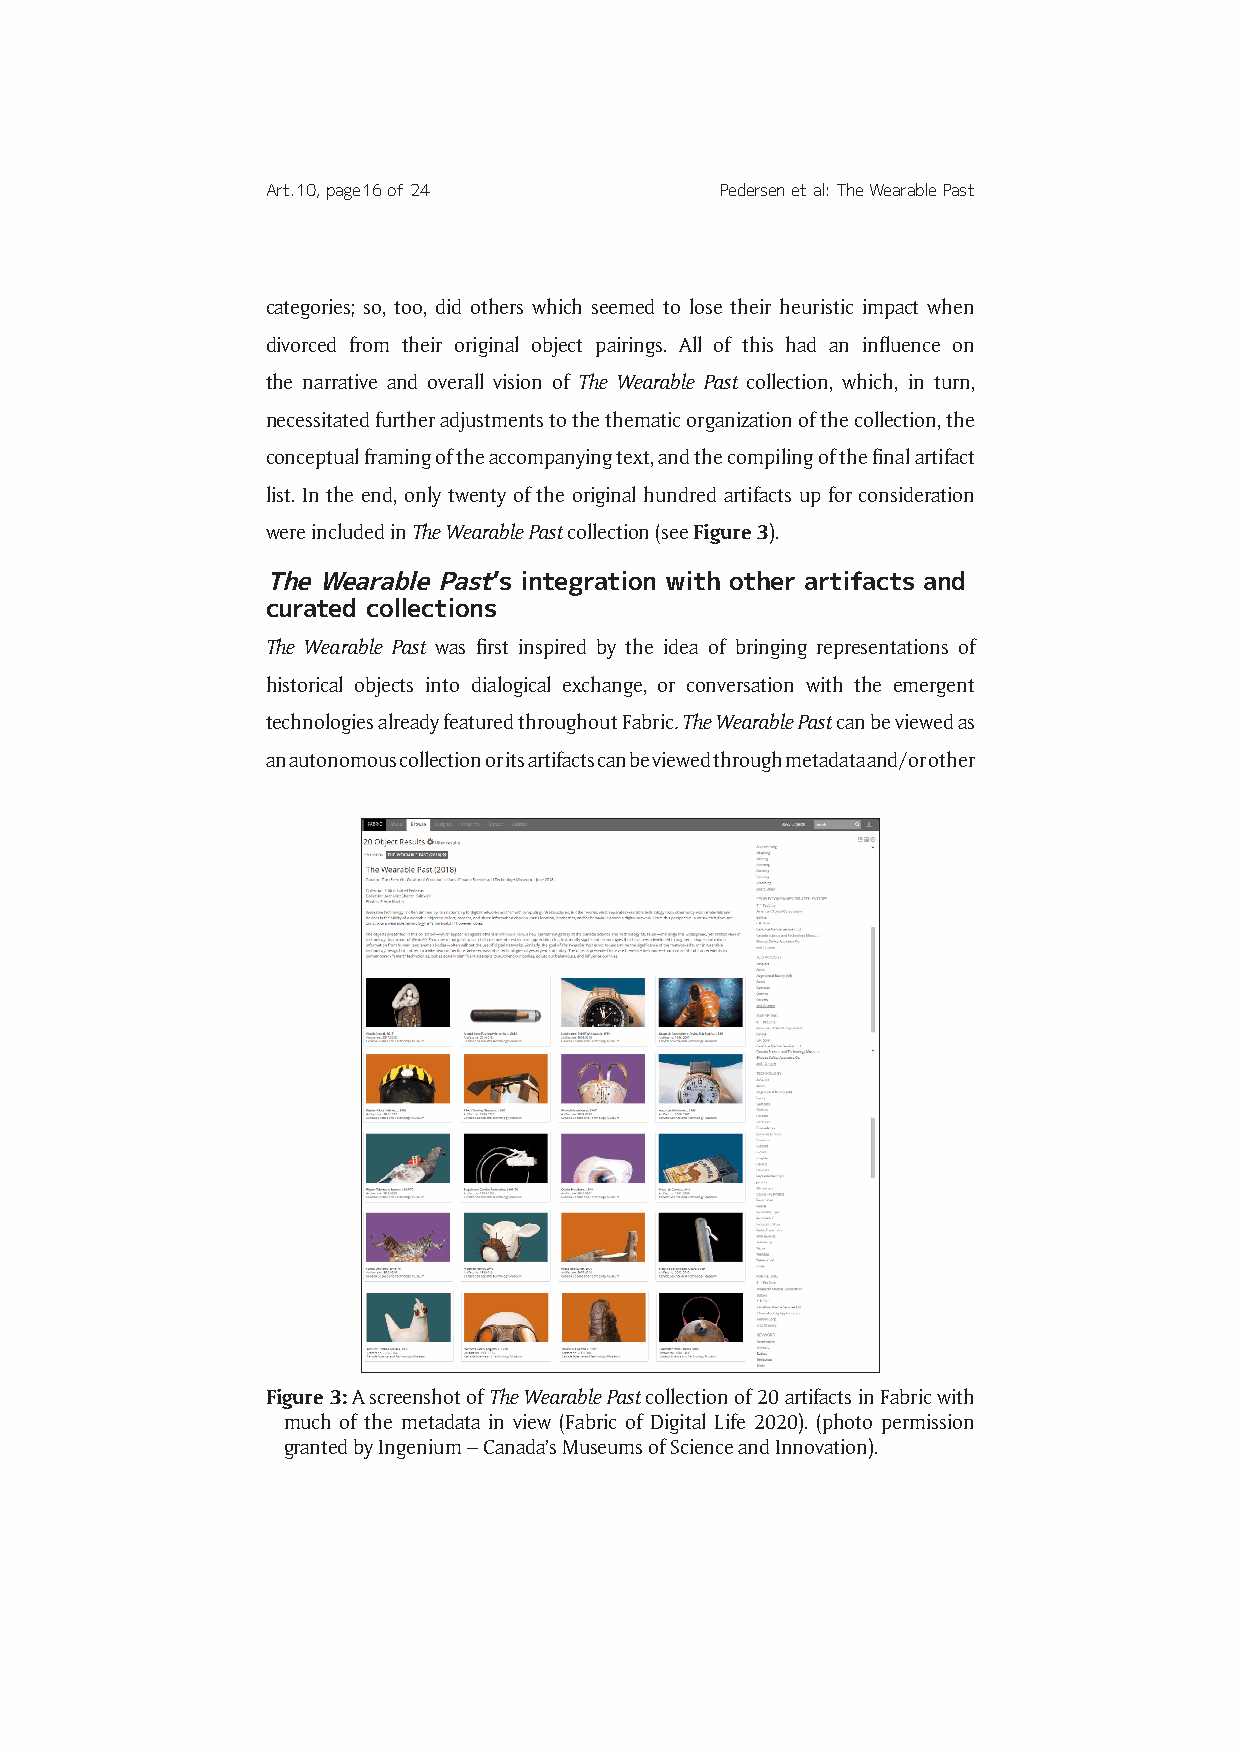
Art. 10, page 16 of 24        Pedersen et al: The Wearable Past
 categories; so, too, did others which seemed to lose their heuristic impact when
 divorced from their original object pairings. All of this had an influence on
 the narrative and overall vision of The Wearable Past collection, which, in turn,
 necessitated further adjustments to the thematic organization of the collection, the
 conceptual framing of the accompanying text, and the compiling of the final artifact
 list. In the end, only twenty of the original hundred artifacts up for consideration
 were included in The Wearable Past collection (see Figure 3).
 The Wearable Past’s integration with other artifacts and
 curated collections
 The Wearable Past was first inspired by the idea of bringing representations of
 historical objects into dialogical exchange, or conversation with the emergent
 technologies already featured throughout Fabric. The Wearable Past can be viewed as
 an autonomous collection or its artifacts can be viewed through metadata and/or other
 Figure 3: A screenshot of The Wearable Past collection of 20 artifacts in Fabric with
 much of the metadata in view (Fabric of Digital Life 2020). (photo permission
 granted by Ingenium – Canada’s Museums of Science and Innovation).